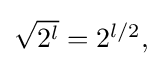
{\textstyle {\sqrt {2^{l}}}=2^{l/2},}